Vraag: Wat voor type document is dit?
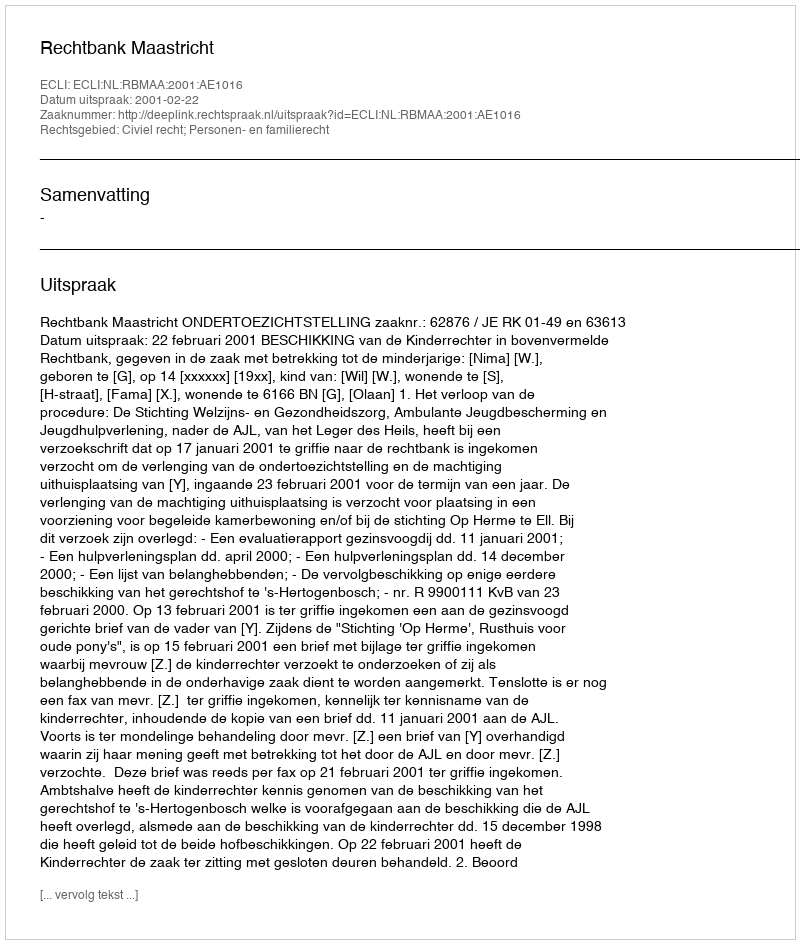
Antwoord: Uitspraak